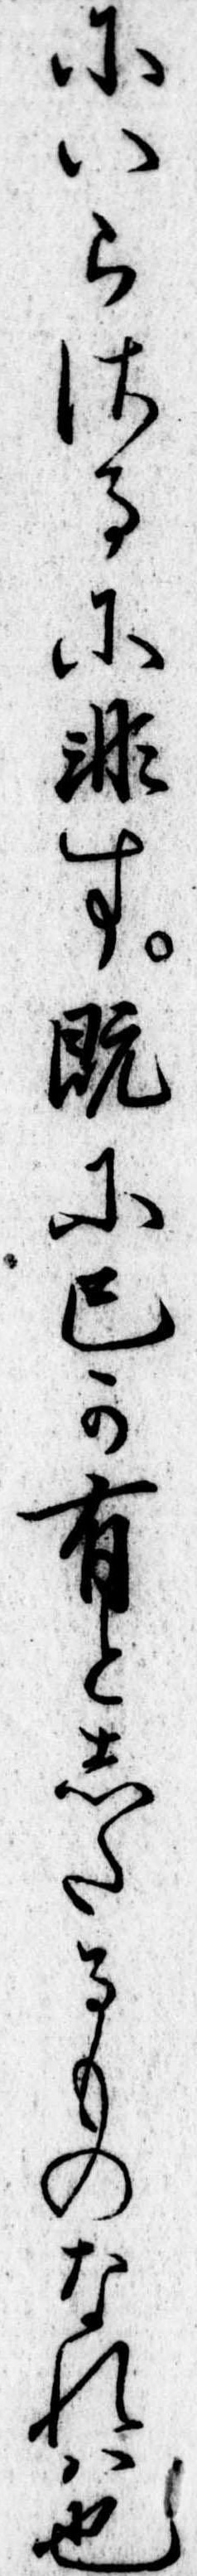
にいらさるに非す既に己か有としたるものなれは也